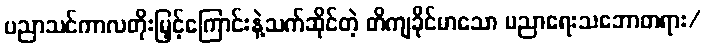
ပညာသင်ကာလတိုးမြှင့်ကြောင်းနဲ့သက်ဆိုင်တဲ့ တိကျခိုင်မာသော ပညာရေးသဘောတရား/